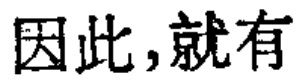
因此,就有